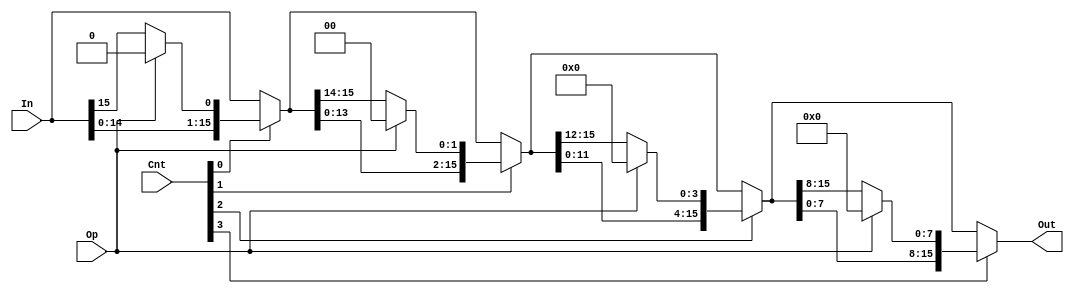
module shift_left(In, Cnt, Op, Out);
    parameter   N = 16;
    parameter   C = 4;

    input [N-1:0]   In;
    input [C-1:0]   Cnt;
    input Op;
    output [N-1:0]  Out;
    
    wire [N-1:0] shift_1, shift_2, shift_4;

    assign shift_1 = (Cnt[0]) ? {In[14:0], ((Op) ? 1'b0 : In[15])} : In;
    assign shift_2 = (Cnt[1]) ? {shift_1[13:0], ((Op) ? 2'b0 : shift_1[15:14])} : shift_1;
    assign shift_4 = (Cnt[2]) ? {shift_2[11:0], ((Op) ? 4'b0 : shift_2[15:12])} : shift_2;
    assign Out = (Cnt[3]) ? {shift_4[7:0], ((Op) ? 8'b0 : shift_4[15:8])} : shift_4;

endmodule // shift_left